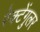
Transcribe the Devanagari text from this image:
रेक्टेंगुलर